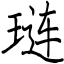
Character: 琏